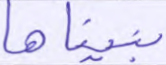
بنيناها